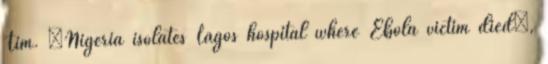
Tim. „Nigeria isolates Lagos hospital where Ebola victim died”,